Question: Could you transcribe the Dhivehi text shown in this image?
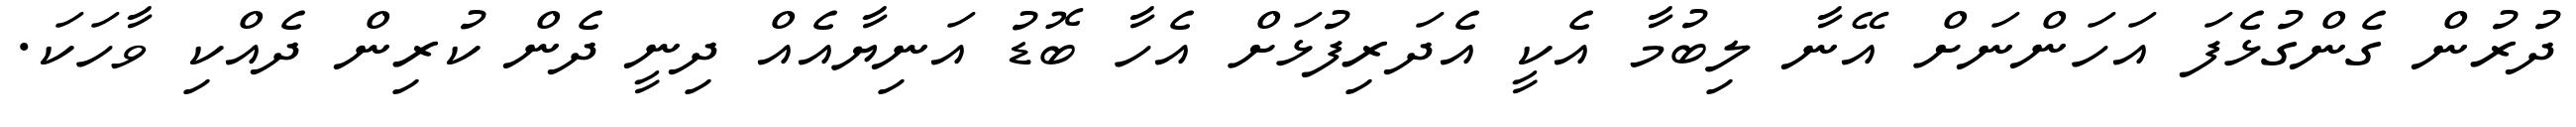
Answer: ދުރުން ގެންގުޅެފަ އަހަންނަށް އޭނާ ލިބުމާ އެކީ އެދަރިފުޅަށް އެހާ ބޮޑު އަނިޔާއެއް ދިނީ ދެން ކުރިން ދެއްކި ވާހަކަ.